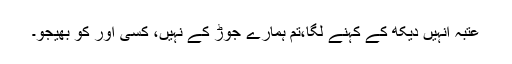
عتبہ انہیں دیکھ کے کہنے لگا،تم ہمارے جوڑ کے نہیں، کسی اور کو بھیجو۔